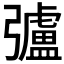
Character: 𢐸